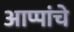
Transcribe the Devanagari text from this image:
आप्पांचे